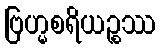
ဗြဟ္မစရိယဉ္စဿ